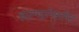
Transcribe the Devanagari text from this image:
आल्पइन्वेस्टमेंट